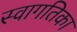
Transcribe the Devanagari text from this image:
स्वागतिका